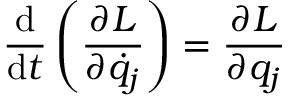
{ \frac { \mathrm { d } } { \mathrm { d } t } } \left( { \frac { \partial L } { \partial { \dot { q } } _ { j } } } \right) = { \frac { \partial L } { \partial q _ { j } } }